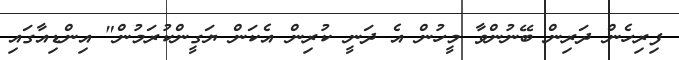
ފިރިހެން ދަރިން ބޭނުންވާ މީހުން އެ ދަނީ ކުރިން އެކަން ޔަގީންކުރަމުން" އިންޑިއާގައި